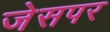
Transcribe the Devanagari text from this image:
जेसपर